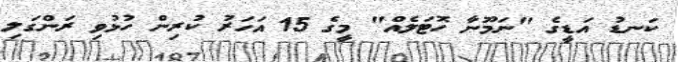
ކަނޑު އަޑީގެ "ނަމޫނާ ހޮޓަލެއް" މީގެ 15 އަހަރު ކުރިން ހުޅުވި ރަންގަލި